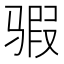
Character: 𱅞